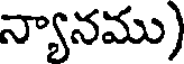
న్యానము)